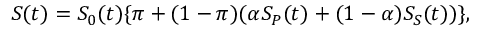
S ( t ) = S _ { 0 } ( t ) \{ \pi + ( 1 - \pi ) ( \alpha S _ { P } ( t ) + ( 1 - \alpha ) S _ { S } ( t ) ) \} ,